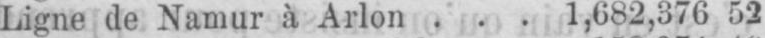
Ligne de Namur à Arlon ... 1,602,376 52